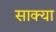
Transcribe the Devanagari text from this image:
साक्या